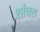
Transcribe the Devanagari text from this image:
शांक्स